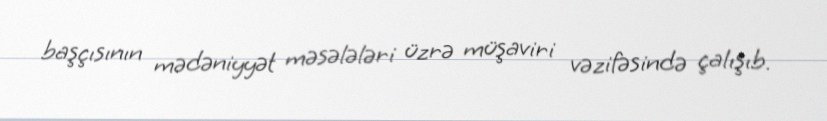
başçısının mədəniyyət məsələləri üzrə müşaviri vəzifəsində çalışıb.